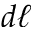
d \ell